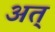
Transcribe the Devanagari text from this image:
अत्‌